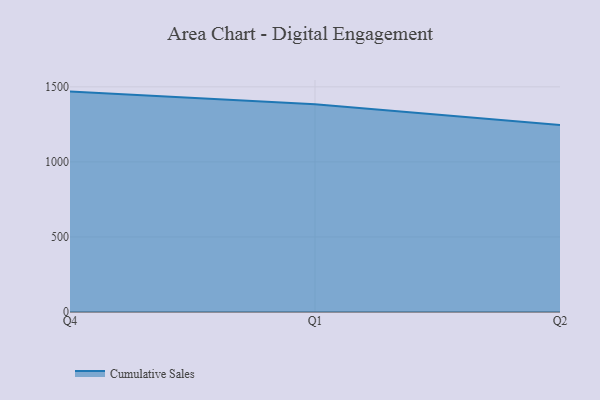
{"axis": {"x": "Quarter", "y": "Customer Acquisition Cost (USD)"}, "legend": ["Cumulative Sales"], "data": [{"x": "Q4", "y": 1468.4, "type": "Cumulative Sales"}, {"x": "Q1", "y": 1384.1, "type": "Cumulative Sales"}, {"x": "Q2", "y": 1245.7, "type": "Cumulative Sales"}]}